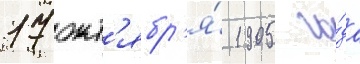
17 окт'ябр'я́ 1905 го́да